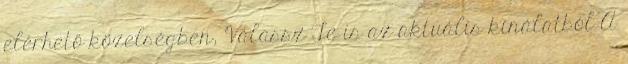
elérhető közelségben, Válassz Te is az aktuális kínálatból A